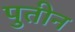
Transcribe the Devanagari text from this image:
पुतीन